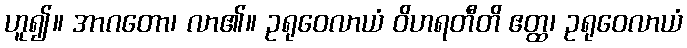
ဟူ၍။ အာဂတော၊ လာ၏။ ဥရုဝေလာယံ ဝိဟရတီတိ ဧတ္ထ၊ ဥရုဝေလာယံ